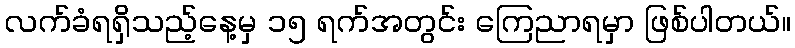
လက်ခံရရှိသည့်နေ့မှ ၁၅ ရက်အတွင်း ကြေညာရမှာ ဖြစ်ပါတယ်။